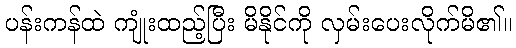
ပန်းကန်ထဲ ကျုံးထည့်ပြီး မိနိုင်ကို လှမ်းပေးလိုက်မိ၏။